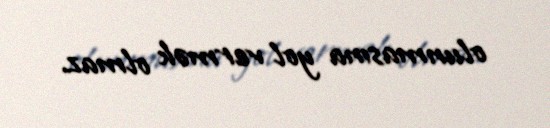
olunmasına yol vermək olmaz.